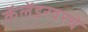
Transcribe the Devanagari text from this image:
कॅलेंडरवरचे